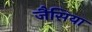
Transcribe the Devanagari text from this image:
जैसिया